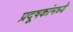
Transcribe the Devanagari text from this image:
प्रदूषकांमध्ये